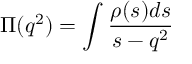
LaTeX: \Pi ( q ^ { 2 } ) = \int \frac { \rho ( s ) d s } { s - q ^ { 2 } }